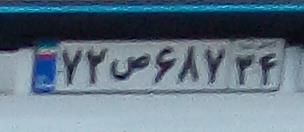
۷۲ص۶۸۷۳۴